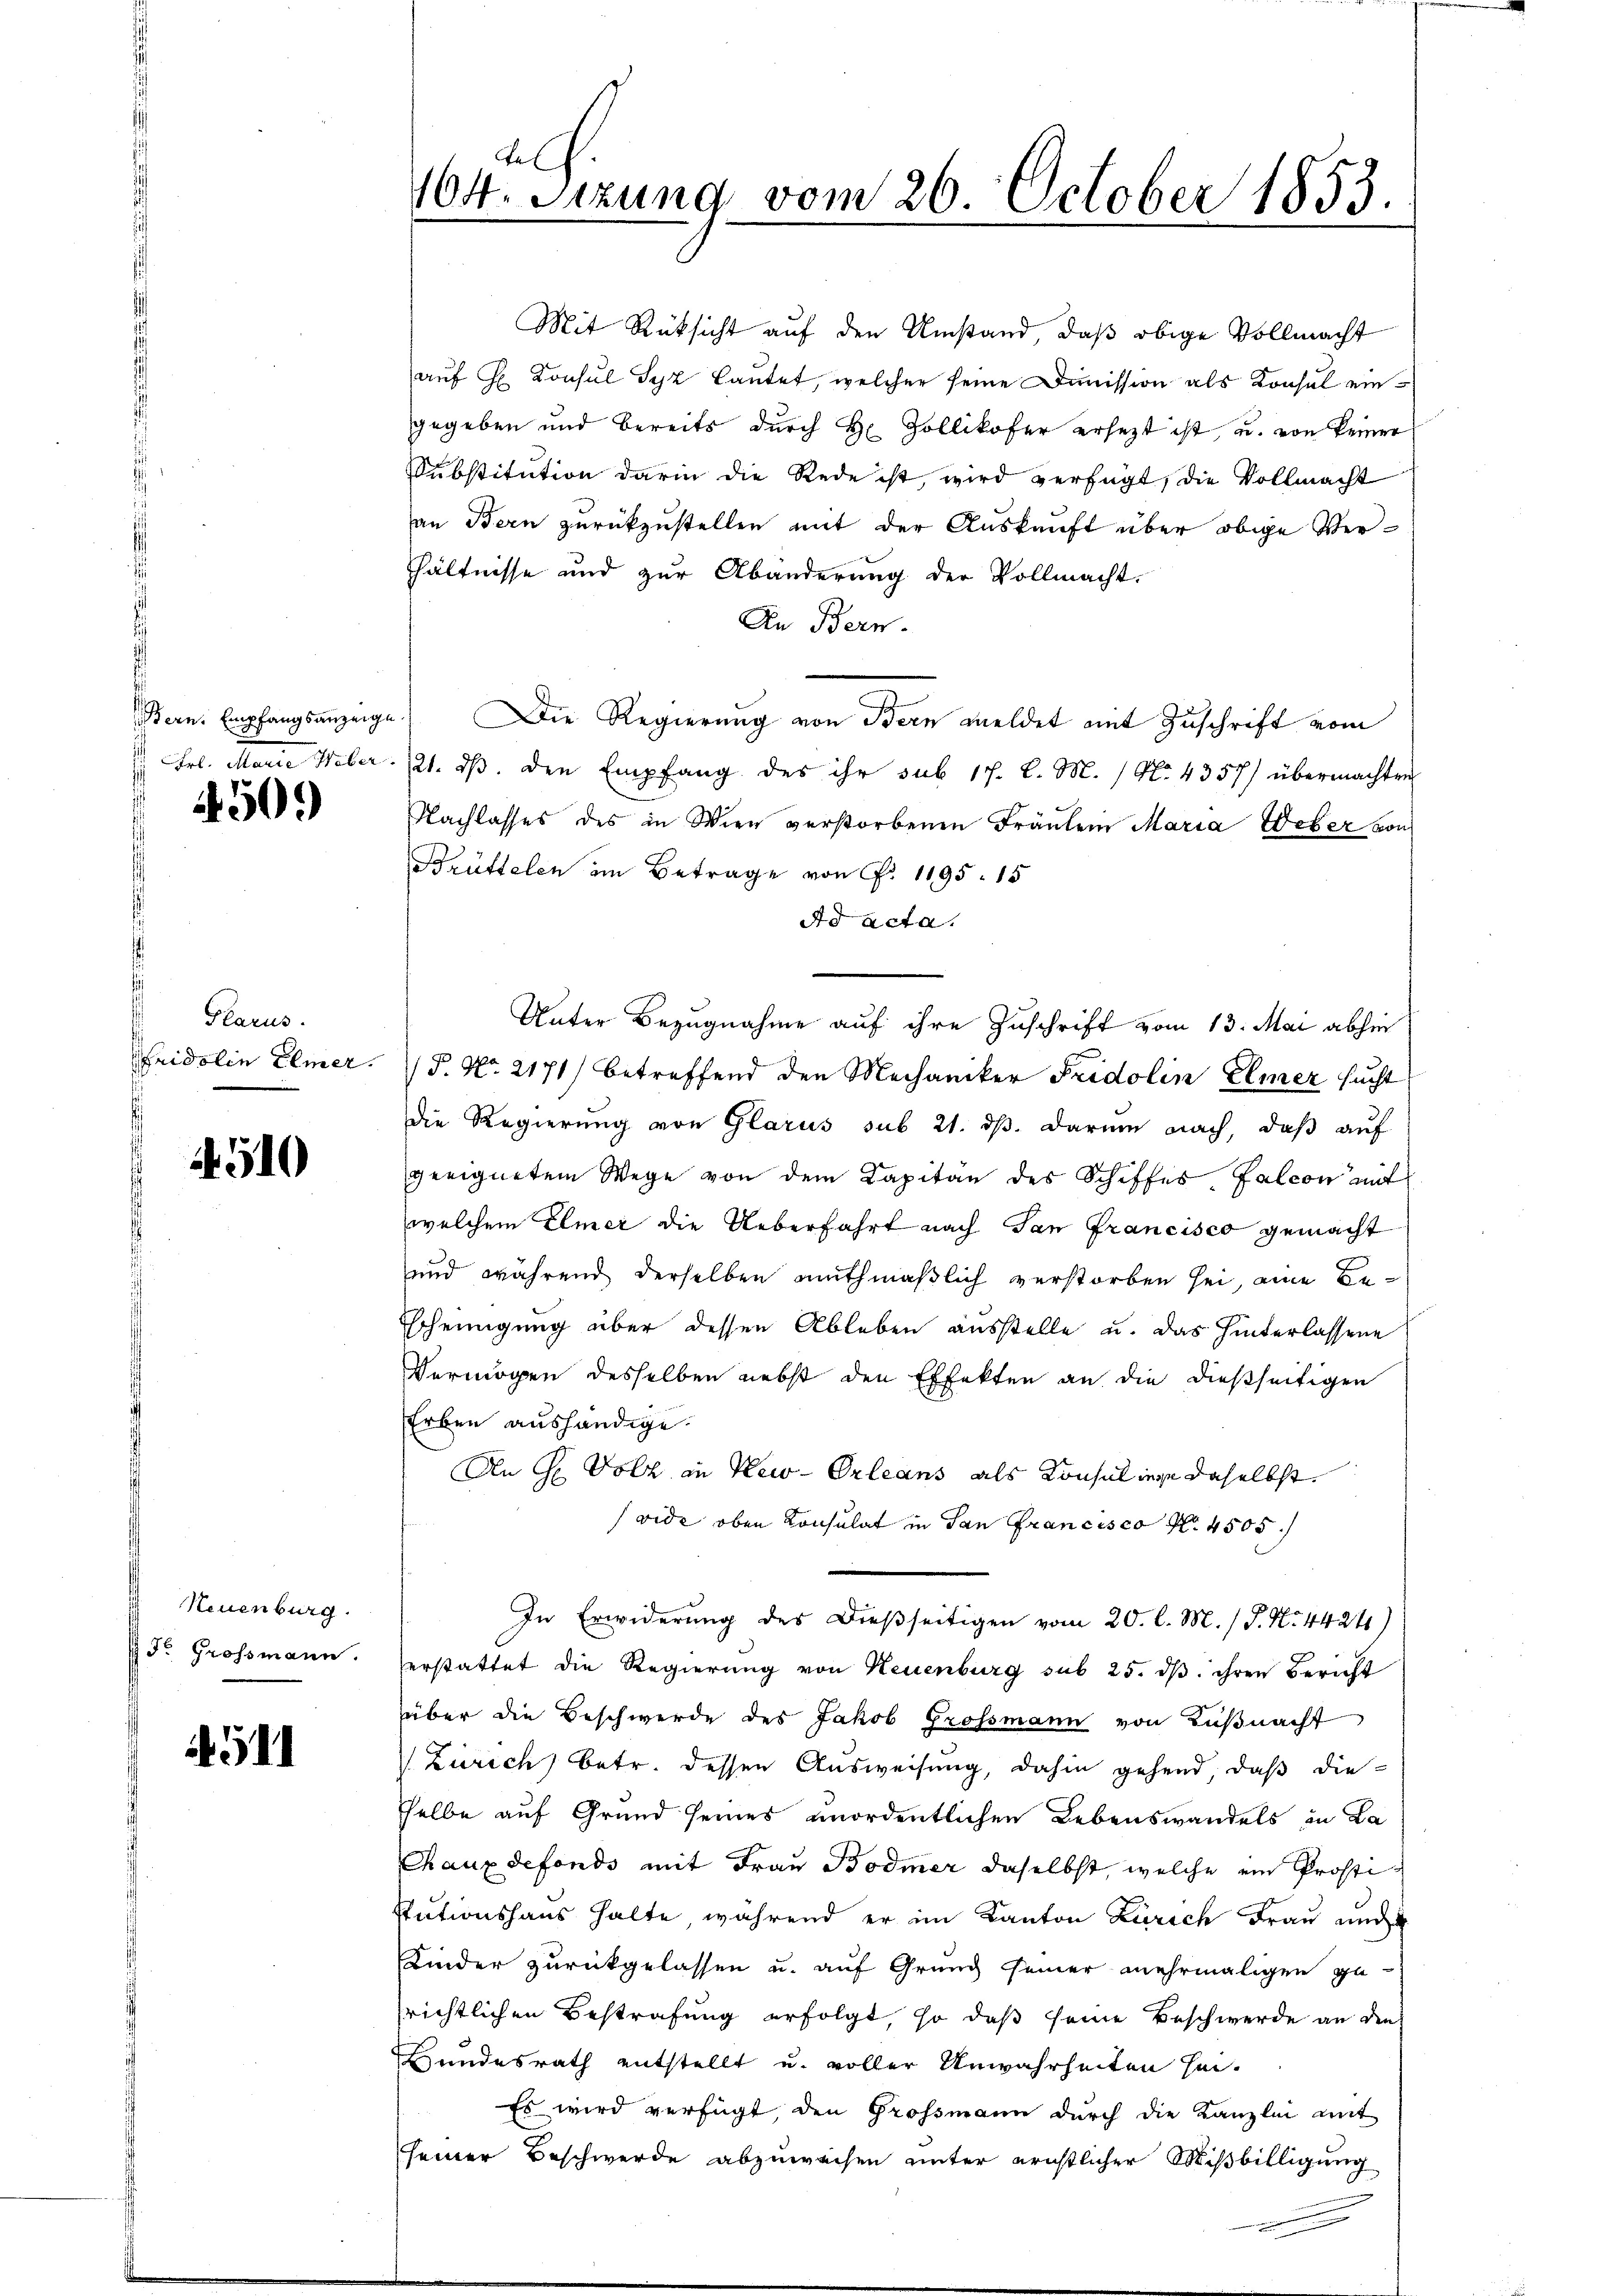
450.

Glarus.

4510

Neuenburg.
 Fr. Grossmann.

4511

Fel
104. Sezung vom 26. October 1853.

Mit Rüksicht auf den Umstand, daß obige Vollmacht
auf H Consul Syz lautet, welcher seine Dimmission als Konsul eingegeben und bereits durch H. Zollikofer ersetzt ist, u. von keiner
Substitution darin die Rede ist, wird verfügt, die Vollmacht
an Bern zurückzustellen mit der Auskauft über obige Verhältnisse und zur Abänderung der Vollmacht.
An Bern.
Bern. Empfangsanzeige) Die Regierung von Bern meldet mit Zuschrift vom
Frl. Marie Weber 121. ds. den Empfang des ihr sub 17. d. M. / No. 4357) übermachten
Nachlasses des in Wien verstorbenen Franken Maria Weber von
Brüttelen im Betrage von P. 1195. 15
Ad Acta.
Unter Bezugnahme auf ihre Zuschrift vom 13. Mai abhin
Fridolin Elmer. P. Nr. 2171) betreffend den Mechaniker Fridolin Elmer sucht
Die Regierung von Glarus sub 21. ds. darum nach, daß auf
geeignetem Wege von dem Kapitän des Schiffes, falcon mit
welchem Elmer die Ueberfahrt nach San Francisco gemacht
und während derselben muthmaßlich verstorben sei, eine Be¬
Escheinigung über dessen Ableben ausstelle u. das hinterlassene
Vermögen desselben nebst den Effekten an die dießseitigen
Erben aushändige.
An H. Volk in New-Orleans als Konsuliege daselbst.
(vide oben Konsulat in San Francisco Nr. 4505
In Erwiderung des Dießseitigen vom 20. l. M. / P. Nr. 44241)
erstattet die Regierung von Neuenburg sub 25. dβ ihren Bericht
über die Beschwerde des Jakob Grossmann von Küßnacht
Zürich betr. dessen Ausweisung, dahin gehend, daß die-
selbe auf Grund seines unordentlichen Lebenswandels in La
Chaux defondo mit Frau Bodmer daselbst, welche ein Prostistationshaus halte während er im Kanton Zürich Frau und
Kinder zurückgelassen u. auf Grund seiner mehrmaligen ge-
srichtlichen Bestrafung erfolgt, so daß seine Beschwerde an den
Hundesrath entstellt u. voller Unwahrheiten sei¬
Es wird verfügt, den Grossmann durch die Kanzlei mit
seiner Beschwerde abzuweisen unter ernstlicher Mißbilligung